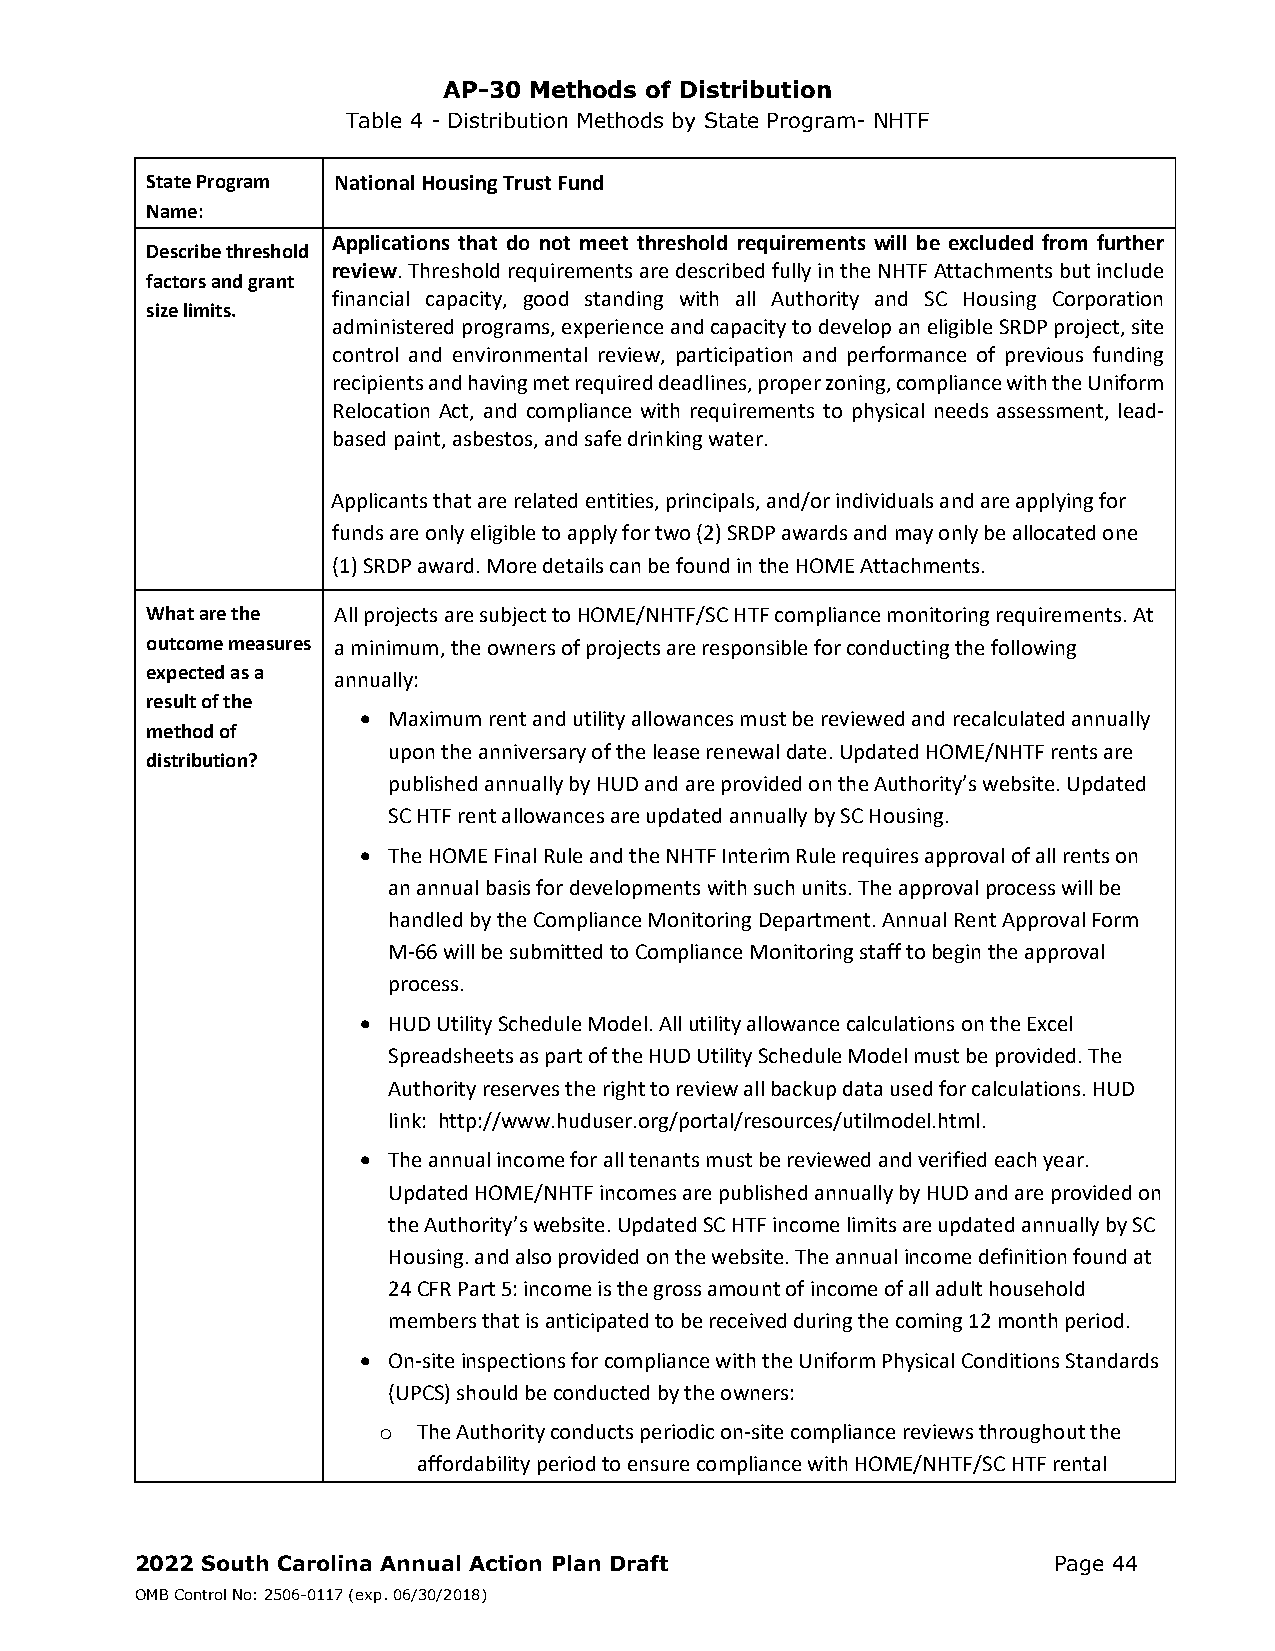
AP-30 Methods of Distribution
 Table 4 - Distribution Methods by State Program- NHTF
 State Program National Housing Trust Fund
 Name:
 Applications that do not meet threshold requirements will be excluded from further
 Describe threshold
 review. Threshold requirements are described fully in the NHTF Attachments but include
 factors and grant
 financial capacity, good standing with all Authority and SC Housing Corporation
 size limits.
 administered programs, experience and capacity to develop an eligible SRDP project, site
 control and environmental review, participation and performance of previous funding
 recipients and having met required deadlines, proper zoning, compliance with the Uniform
 Relocation Act, and compliance with requirements to physical needs assessment, lead‐
 based paint, asbestos, and safe drinking water.
 Applicants that are related entities, principals, and/or individuals and are applying for
 funds are only eligible to apply for two (2) SRDP awards and may only be allocated one
 (1) SRDP award. More details can be found in the HOME Attachments.
 What are the All projects are subject to HOME/NHTF/SC HTF compliance monitoring requirements. At
 outcome measures a minimum, the owners of projects are responsible for conducting the following
 expected as a annually:
 result of the
  Maximum rent and utility allowances must be reviewed and recalculated annually
 method of
 upon the anniversary of the lease renewal date. Updated HOME/NHTF rents are
 distribution?
 published annually by HUD and are provided on the Authority’s website. Updated
 SC HTF rent allowances are updated annually by SC Housing.
  The HOME Final Rule and the NHTF Interim Rule requires approval of all rents on
 an annual basis for developments with such units. The approval process will be
 handled by the Compliance Monitoring Department. Annual Rent Approval Form
 M‐66 will be submitted to Compliance Monitoring staff to begin the approval
 process.
  HUD Utility Schedule Model. All utility allowance calculations on the Excel
 Spreadsheets as part of the HUD Utility Schedule Model must be provided. The
 Authority reserves the right to review all backup data used for calculations. HUD
 link: http://www.huduser.org/portal/resources/utilmodel.html.
  The annual income for all tenants must be reviewed and verified each year.
 Updated HOME/NHTF incomes are published annually by HUD and are provided on
 the Authority’s website. Updated SC HTF income limits are updated annually by SC
 Housing. and also provided on the website. The annual income definition found at
 24 CFR Part 5: income is the gross amount of income of all adult household
 members that is anticipated to be received during the coming 12 month period.
  On‐site inspections for compliance with the Uniform Physical Conditions Standards
 (UPCS) should be conducted by the owners:
 o  The Authority conducts periodic on‐site compliance reviews throughout the
 affordability period to ensure compliance with HOME/NHTF/SC HTF rental
 2022 South Carolina Annual Action Plan Draft                 Page 44
 OMB Control No: 2506-0117 (exp. 06/30/2018)